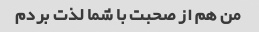
من هم از صحبت با شما لذت بردم